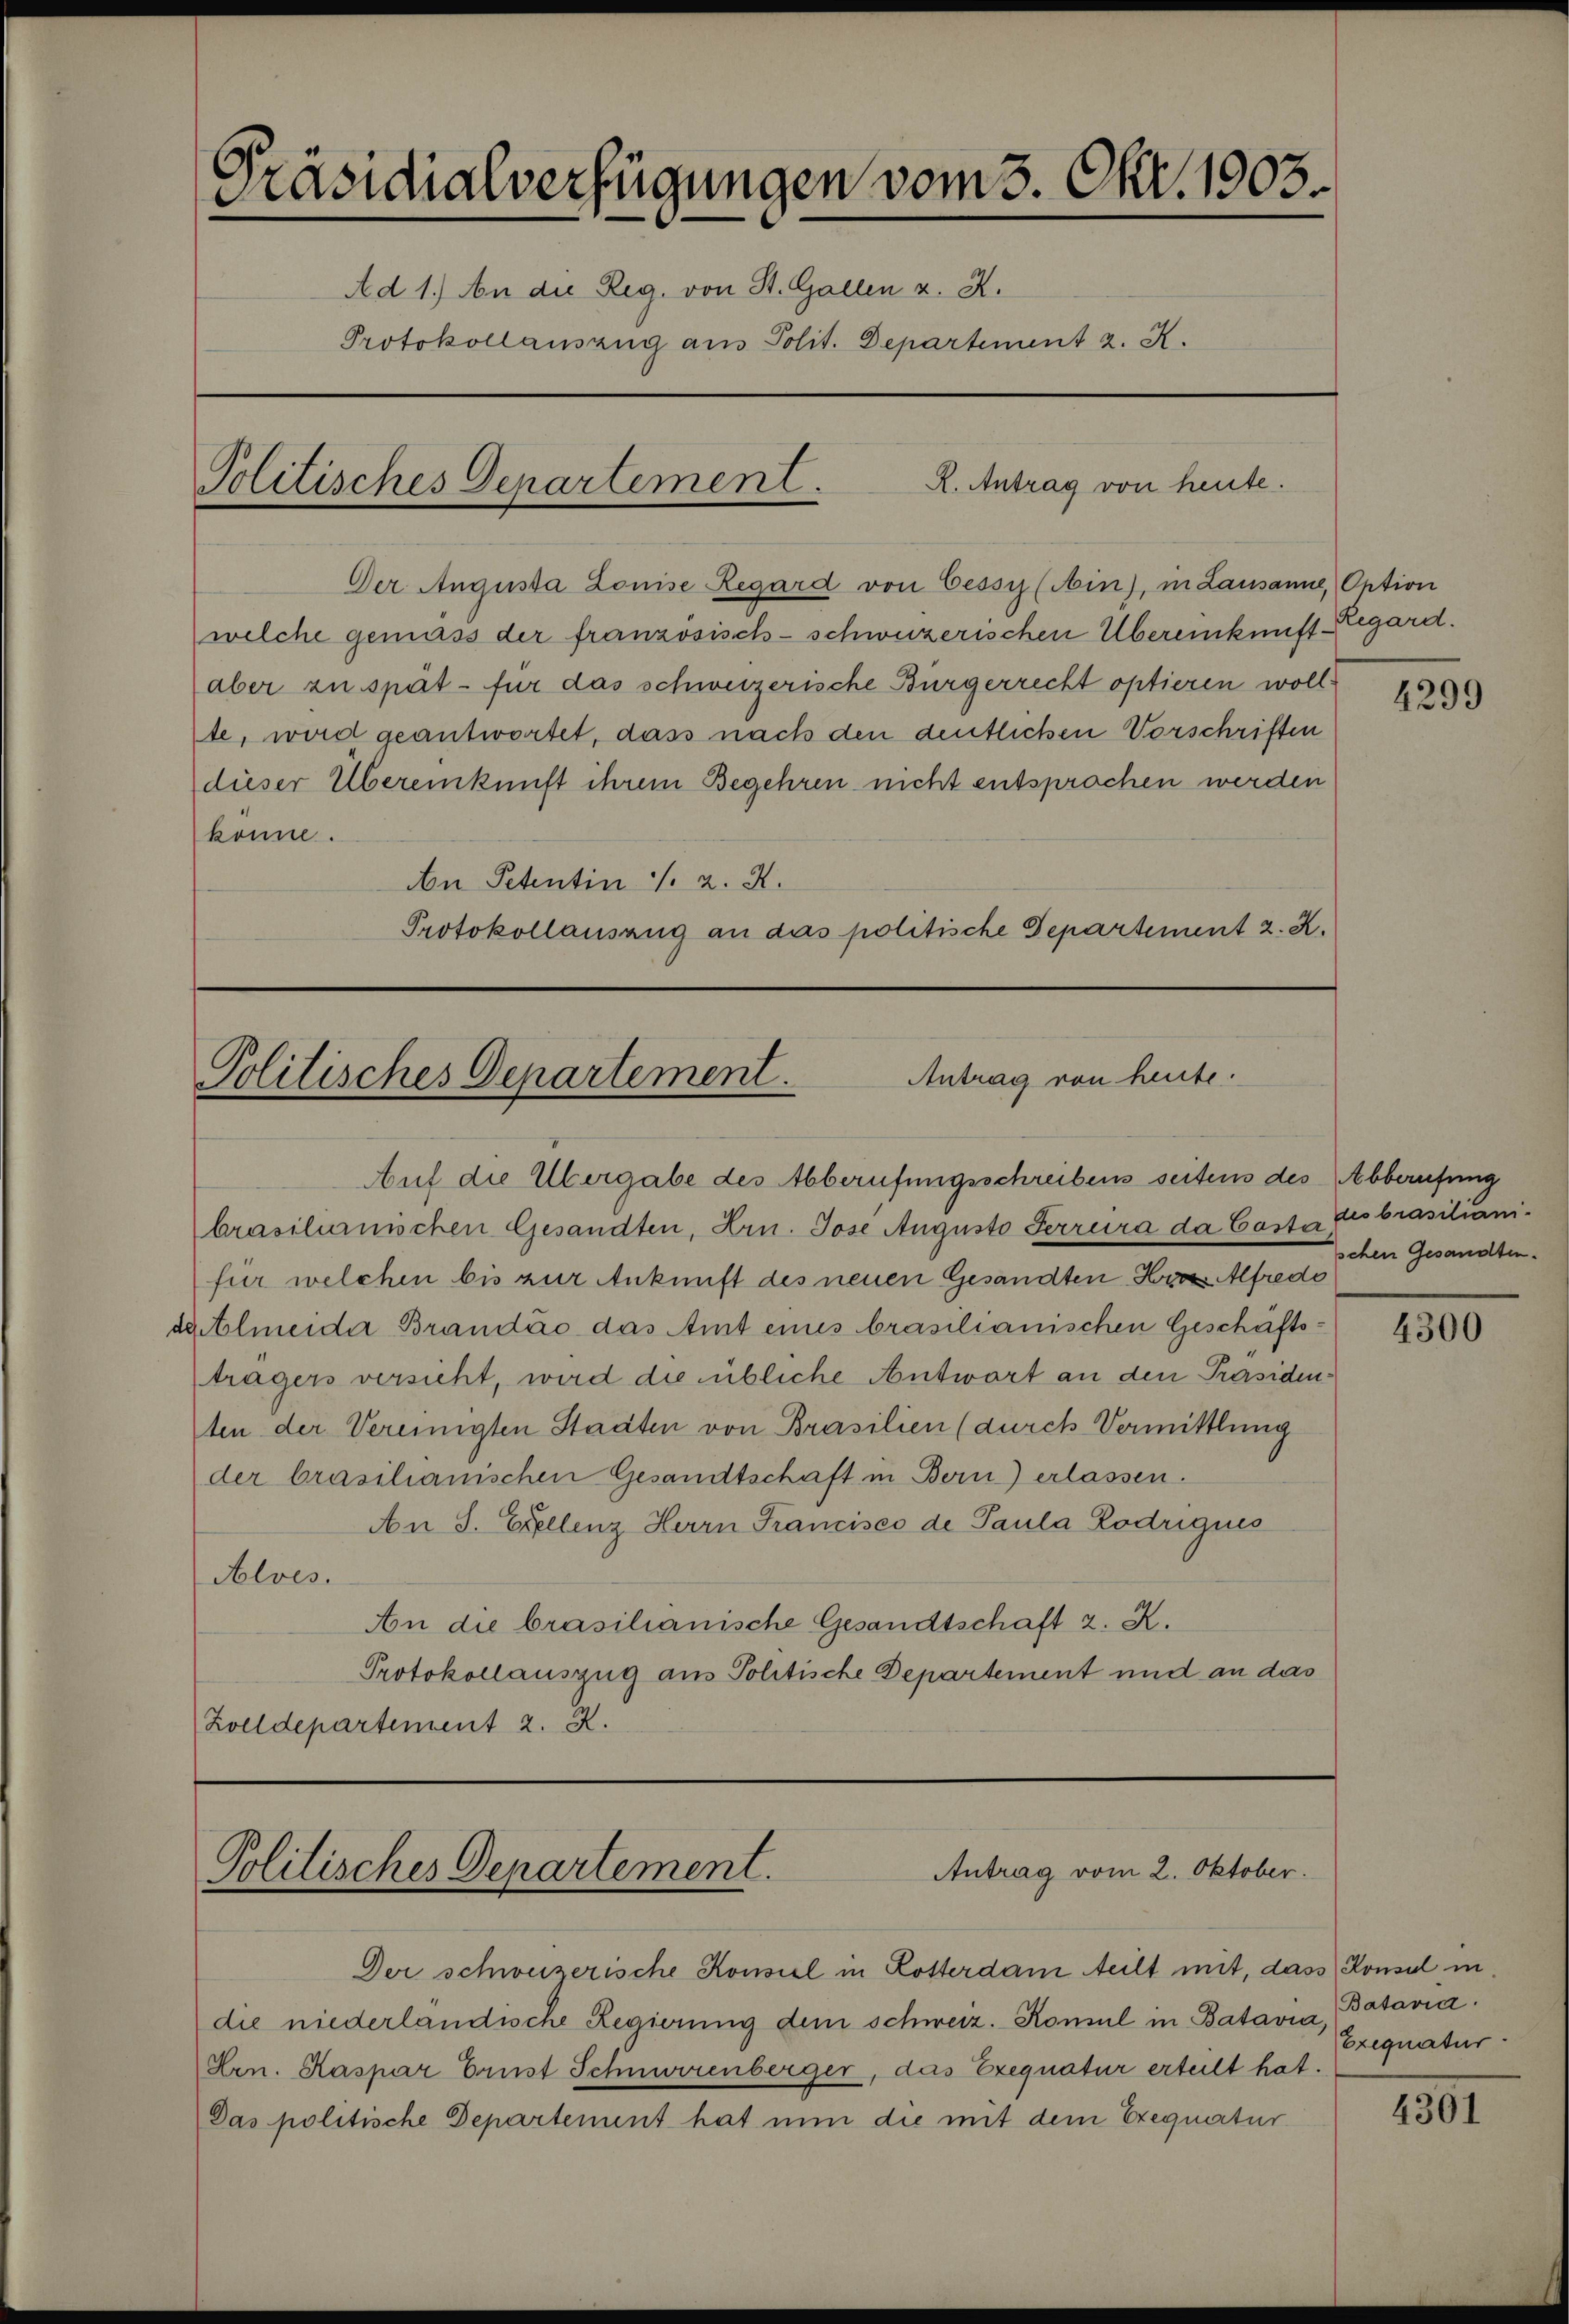
Präsidialverfügungen vom 3. Okt. 1903.
Ad 1.) An die Reg. von St. Gallen u. A.
Protokollauszug aus Polit. Departement z. K.
R. Antrag von heute.
Politisches Departement.

Der Augusta Louise Regard von Cessy (Ain), in Lausanne, Ontion
welche gemäss der französisch-schweizerischen Übereinkunft Regard.
aber zu spät - für das schweizerische Bürgerrecht optieren woll
te, wird geantwortet, dass nach den dentlichen Vorschriften
dieser Übereinkunft ihrem Begehren nicht entsprochen werden
könne.
An Petentin u. 2. X.
Protokollauszug an das politische Departement z. K.

Antrag von heute.
Politisches Departement.

Auf die Übergabe des Abberufungsschreibens seitens des Abberufung
brasilianischen Gesandten, Hrn. Jose Augusto Perreira da Caster des brasilianifür welchen bis zur Ankunft des neuen Gesandten Hrn. Alfredo
dertelmeider Brandac das Amt eines brasilianischen Geschäftsträgers versicht, wird die übliche Antwort an den Präsidenten der Vereinigten Stadten von Brasilien (durch Vormittlung
der brasilianischen Gesandtschaft in Bern) erlassen.
An S. Ellenz Herrn Francises de Paula Lodrigues
Alves.
An die brasilianische Gesandtschaft 2. K.
Protokollauszug aus Politische Departement und an das
Zolldepartement 2. X.

Der schweizerische Konsiel in Kosterdam teilt mit, dass Konsul in
die niederländische Regierung dem schweiz. Komul in Batavia,
Hrn. Kaspar Ernst Schnurrenberger, das Exequatur erteilt hat.
Das politische Departement hat nun die mit dem Exequatur

Antrag vom 2. Oktober.
Politisches Departement.

4299

schen Gesandten.

4300

Bataria
Exequatur

2301